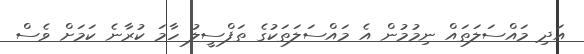
އަދި މައްސަލަތައް ނިމުމުން އެ މައްސަލަތަކުގެ ތަފްސީލު ހާމަ ކުރާނެ ކަމަށް ވެސް